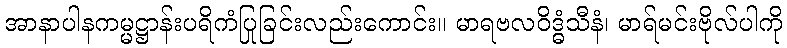
အာနာပါနကမ္မဋ္ဌာန်းပရိကံပြုခြင်းလည်းကောင်း။ မာရဗလဝိဒ္ဓံသီနံ၊ မာရ်မင်းဗိုလ်ပါကို